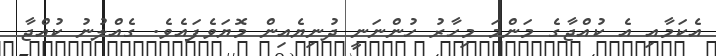
އެކަމާއި އެ ކުއްޖާގެ މަންމަ މިހާރު ހުންނަނީ ދުނިޔެއިން މޮޔަވެފައެވެ. ގެއްލުނު ކުއްޖާ